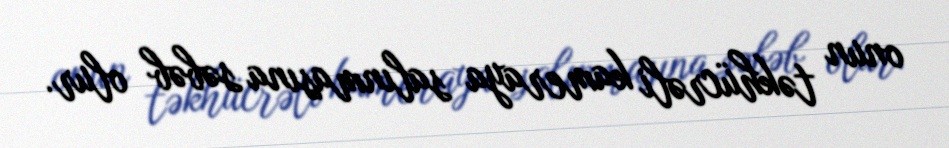
onun təkhücrəli kameraya salınmasına səbəb olur.